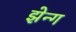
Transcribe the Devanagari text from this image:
झेन्ग